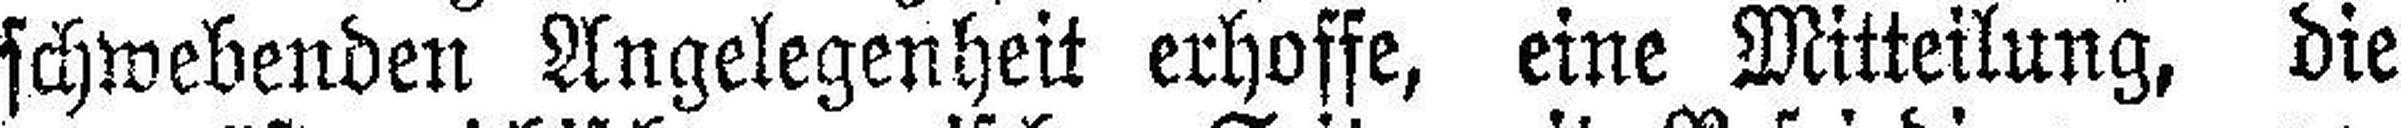
schwebenden Angelegenheit erhoffe, eine Mitteilung, die